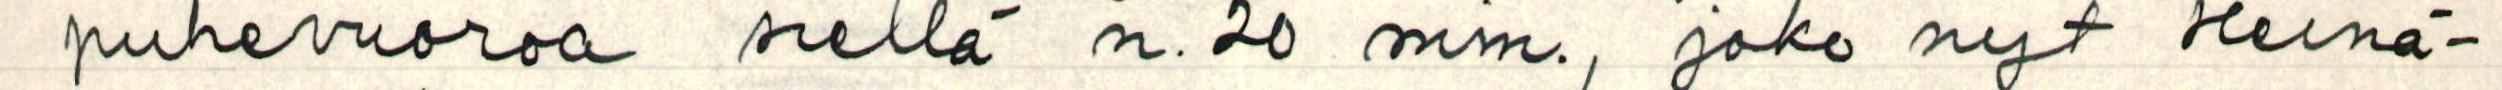
puheenvuoroa siellä n. 20 min., joko nyt Heinä-